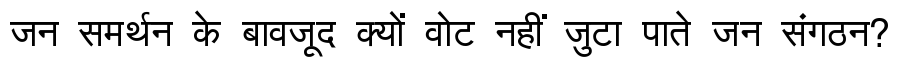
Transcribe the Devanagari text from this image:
जन समर्थन के बावजूद क्यों वोट नहीं जुटा पाते जन संगठन?